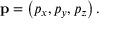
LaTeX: \mathbf { p } = \left( p _ { x } , p _ { y } , p _ { z } \right) .